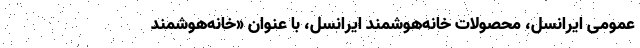
عمومی ایرانسل، محصولات خانه‌هوشمند ایرانسل، با عنوان «خانه‌هوشمند